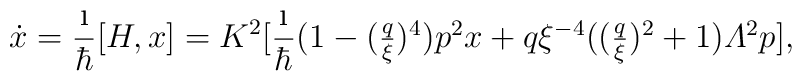
\dot{x}=\frac{\i}{\hbar}[H,x]=K^2[\frac{\i}{\hbar}{\textstyle(1-(\frac{q}{\xi})^4)p^2x+q\xi^{-4}((\frac{q}{\xi})^2+1){\mit\Lambda}^2p}],